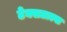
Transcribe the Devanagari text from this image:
टेक्सटाल्स